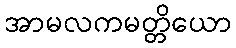
အာမလကမတ္တိယော